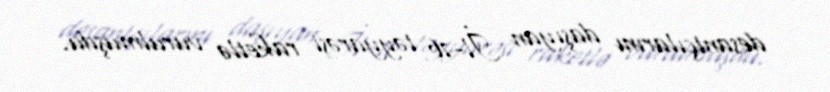
desantçılarını daşıyan İl-76 təyyarəsi raketlə vurulmuşdu.